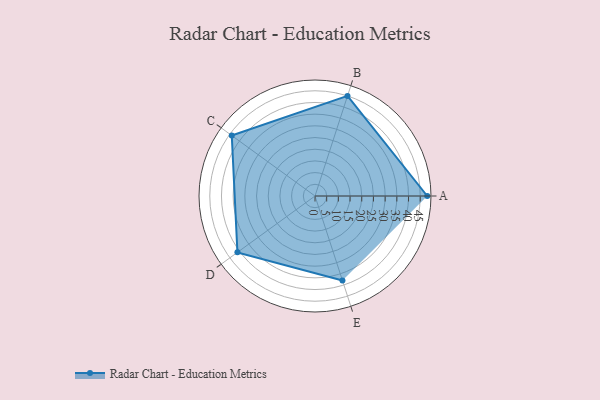
{"axis": {"x": "Skill", "y": "Score"}, "legend": ["Profile"], "data": [{"x": "A", "y": 48.0, "type": "Profile"}, {"x": "B", "y": 45.0, "type": "Profile"}, {"x": "C", "y": 44.0, "type": "Profile"}, {"x": "D", "y": 41.0, "type": "Profile"}, {"x": "E", "y": 38.0, "type": "Profile"}]}